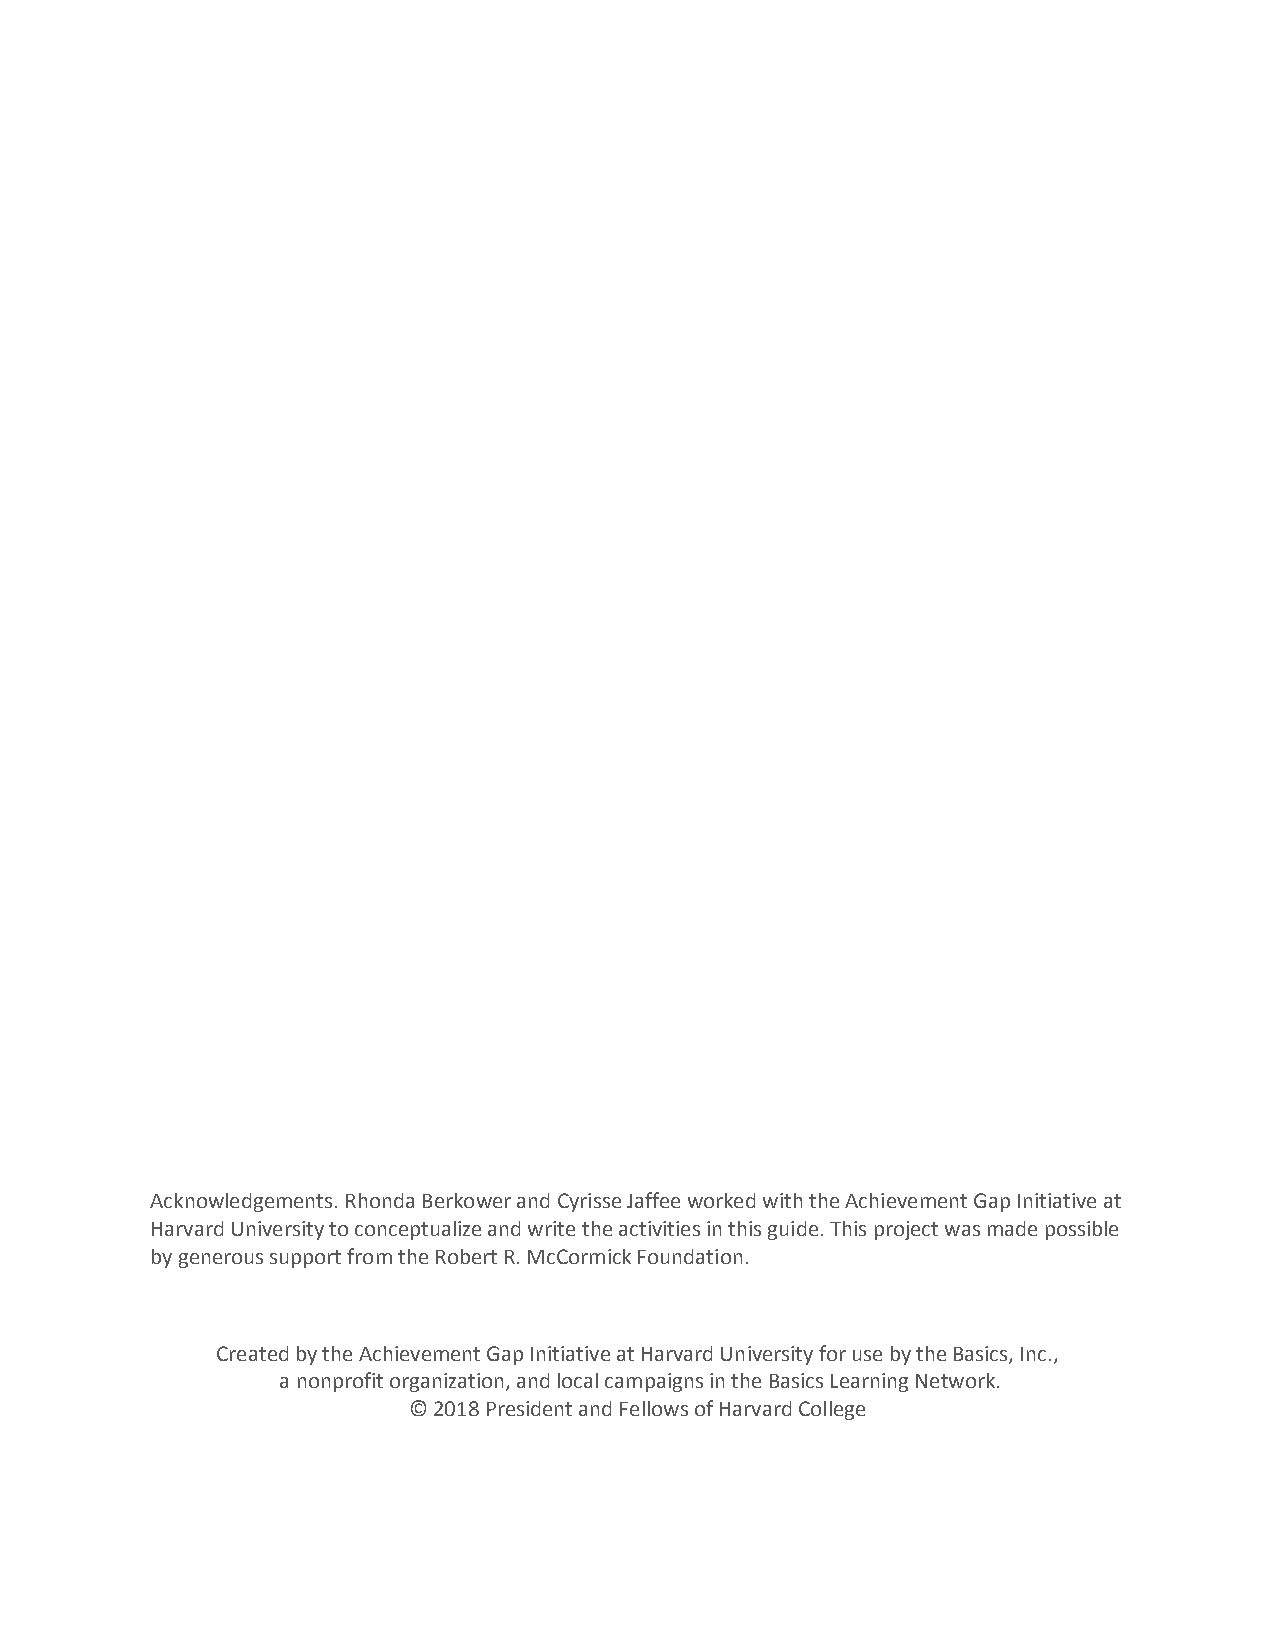
Acknowledgements. Rhonda Berkower and Cyrisse Jaffee worked with the Achievement Gap Initiative at
 Harvard University to conceptualize and write the activities in this guide. This project was made possible
 by generous support from the Robert R. McCormick Foundation.
 Created by the Achievement Gap Initiative at Harvard University for use by the Basics, Inc.,
 a nonprofit organization, and local campaigns in the Basics Learning Network.
 © 2018 President and Fellows of Harvard College